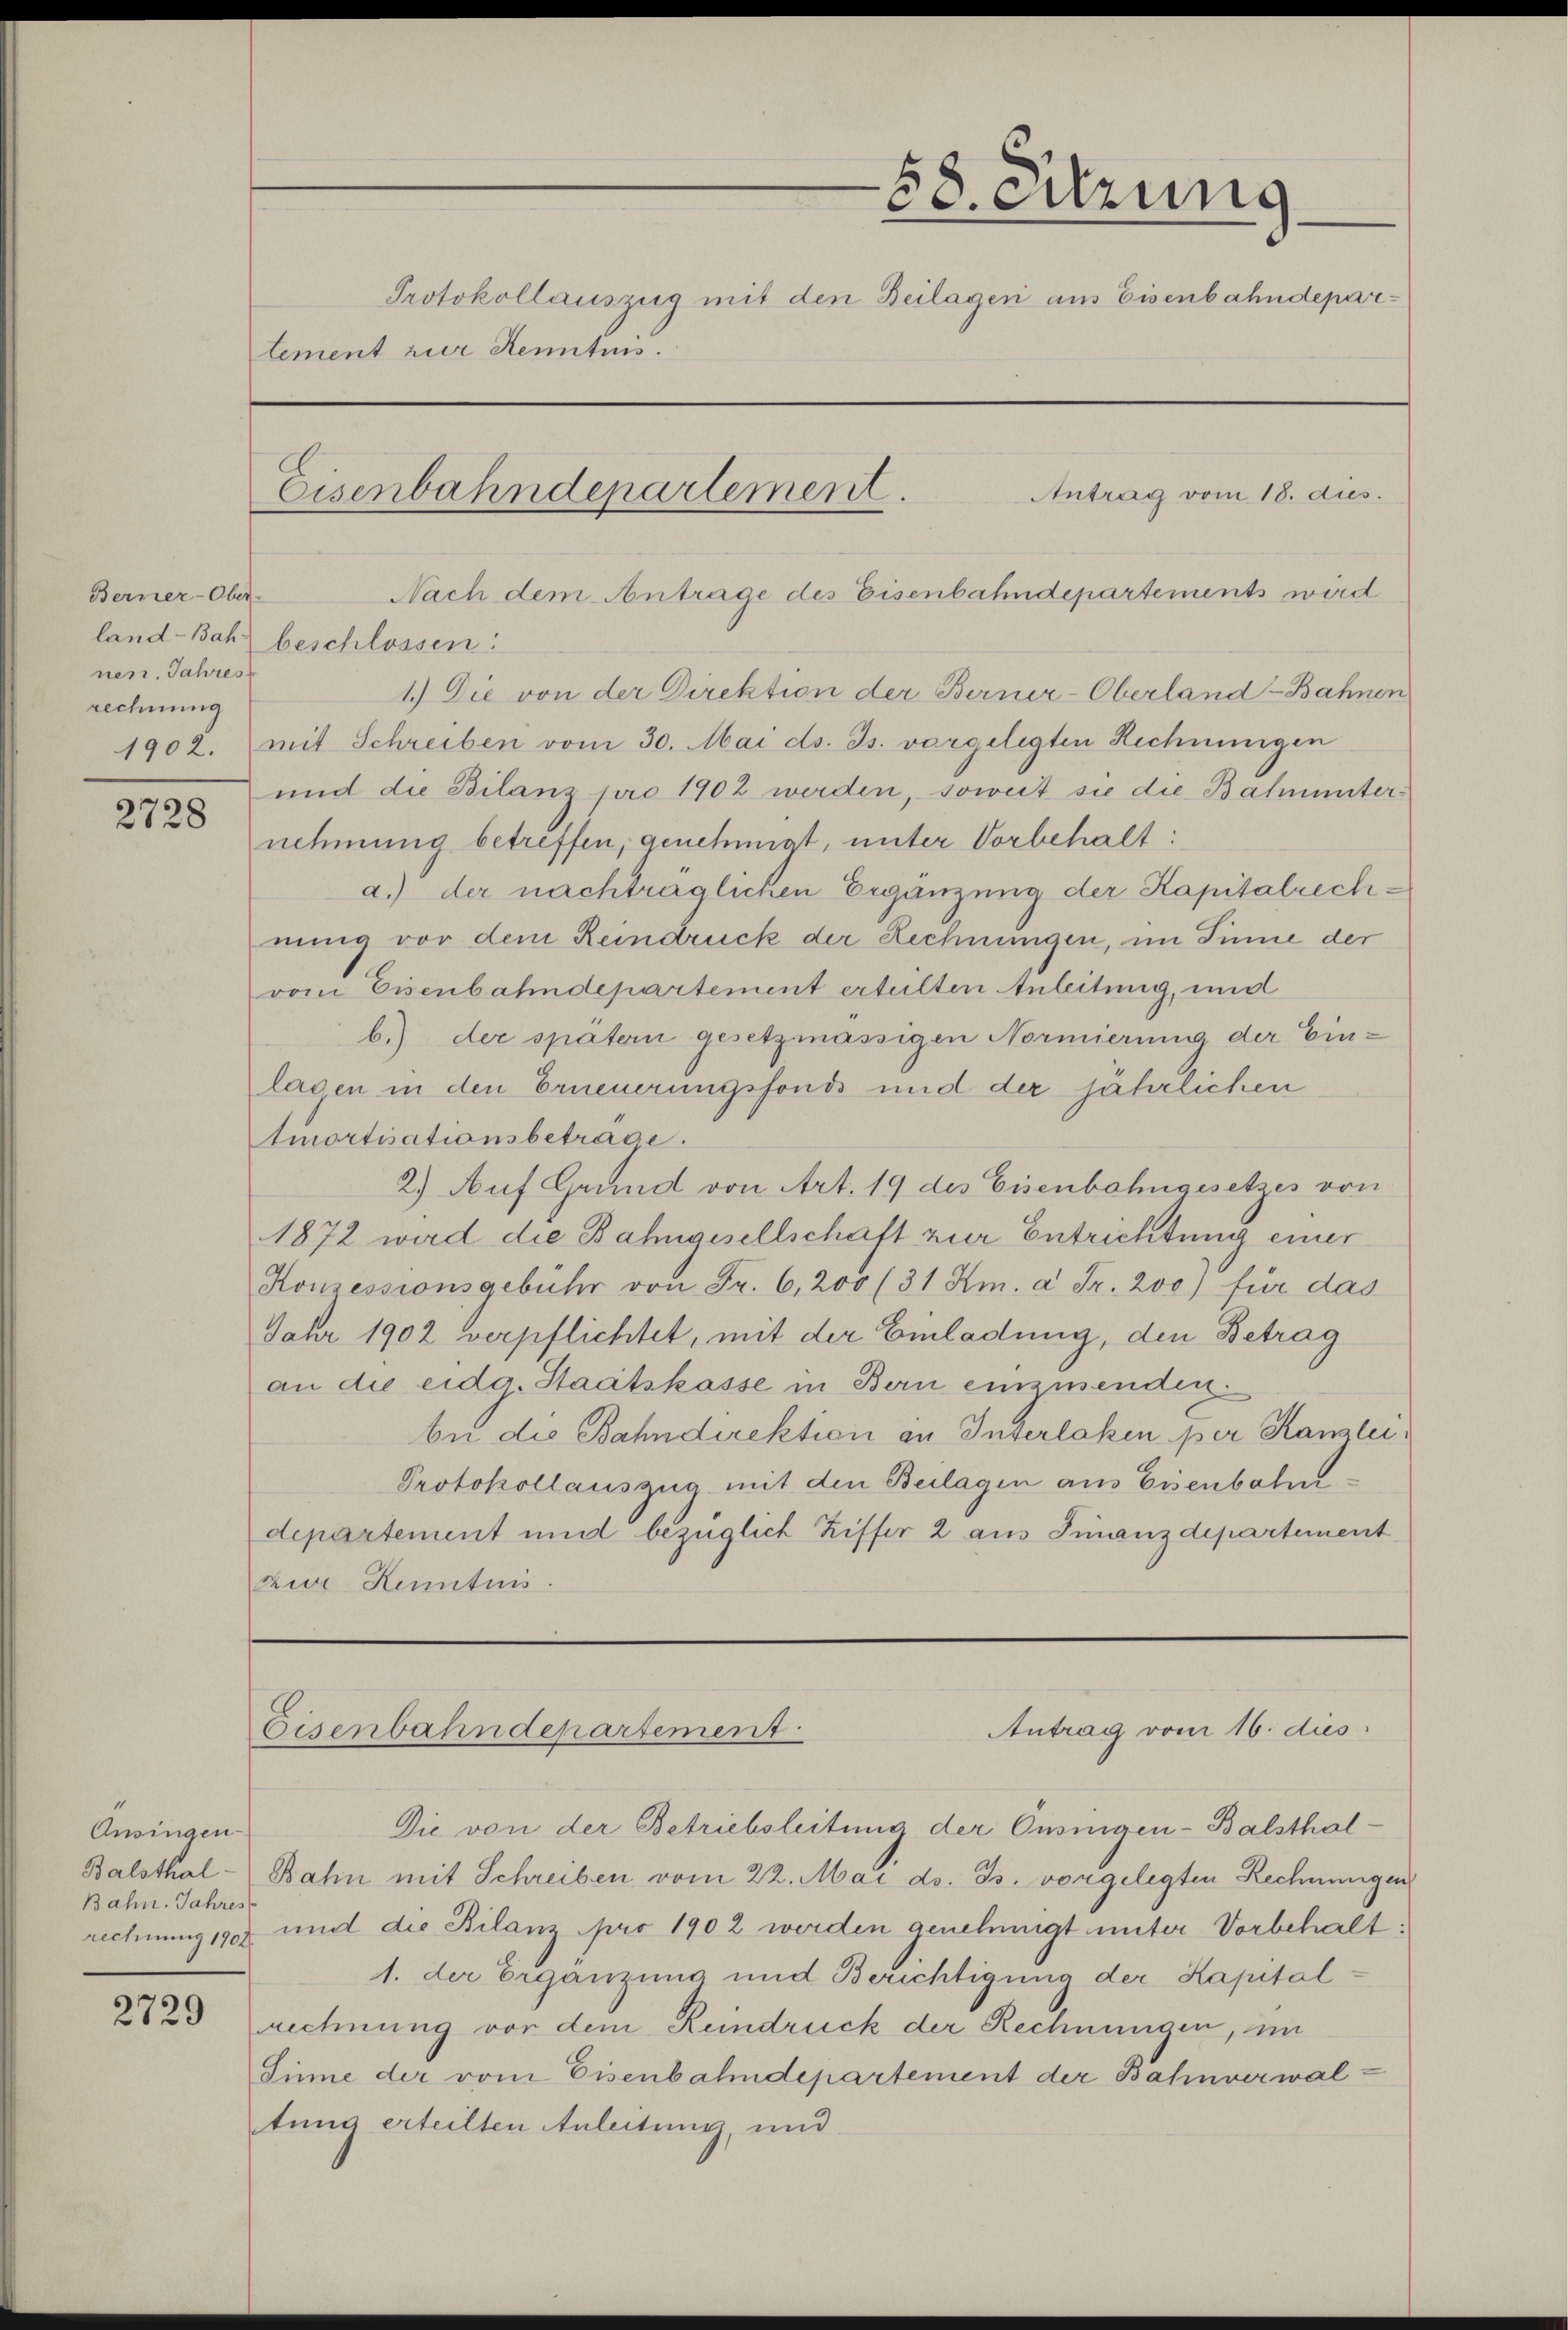
Berner-Ober-
nen. Jahres
rechnung

2728

Ansingen
Bahn. Jahres

2729

58. Sitzung
Protokollauszug mit den Beilagen aus Eisenbahndeparlement zur Kenntnis.
Eisenbahndepartement.
Antrag vom 18. dies.

land-Bahn beschlossen:
1.) Die von der Direktion der Berner-Oberland-Bahnen
1902. mit Schreiben vom 30. Mai d. Js. vorgelegten Rechnungen
und die Bilanz pro 1902 werden, soweit sie die Bahnunternehmung betreffen, genehmigt, unter Vorbehalt:
a.) der nachträglichen Ergänzung der Kapitalrechnung vor dem Reindruck der Rechnungen, im Sinne der
vom Eisenbahndepartement erteilten Anleitung, und
b.) der später gesetzmässigen Normierung der Einlagen in den Erneuerungsfonds und der jährlichen
Amortisationsbeträge.
2.) Auf Grund von Art. 19 des Eisenbahngesetzes von
1872 wird die Bahngesellschaft zur Entrichtung einer
Konzessionsgebühr von Fr. 6,200 (31 Km. à Fr. 200) für das
Jahr 1902 verpflichtet, mit der Einladung, den Betrag
an die eidg. Staatskasse in Bern einzusenden.
be die Bahndirektion an Interlaken per Kanzlei
Protokollauszug mit den Beilagen aus Eisenbahndepartement und bezüglich Ziffer 2 aus Finanzdepartement
zur Kenntnis.

Nach dem Antrage des Eisenbahndepartements wird

Antrag vom 16. dies
Eisenbahndepartement

Die von der Betriebsleitung der Onsingen-Balsthal¬
Balsthal - Bahn mit Schreiben vom 22. Mai d. Js. vorgelegten Rechnungen
rechnung 1907 und die Bilanz pro 1902 werden genehmigt unter Vorbehalt:
1. der Ergänzung und Berichtigung der Kapital-
rechnung vor dem Reindruck der Rechnungen, im
Sinne der vom Eisenbahndepartement der Bahnverwaltung erteilten Anleitung, und